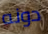
دونه